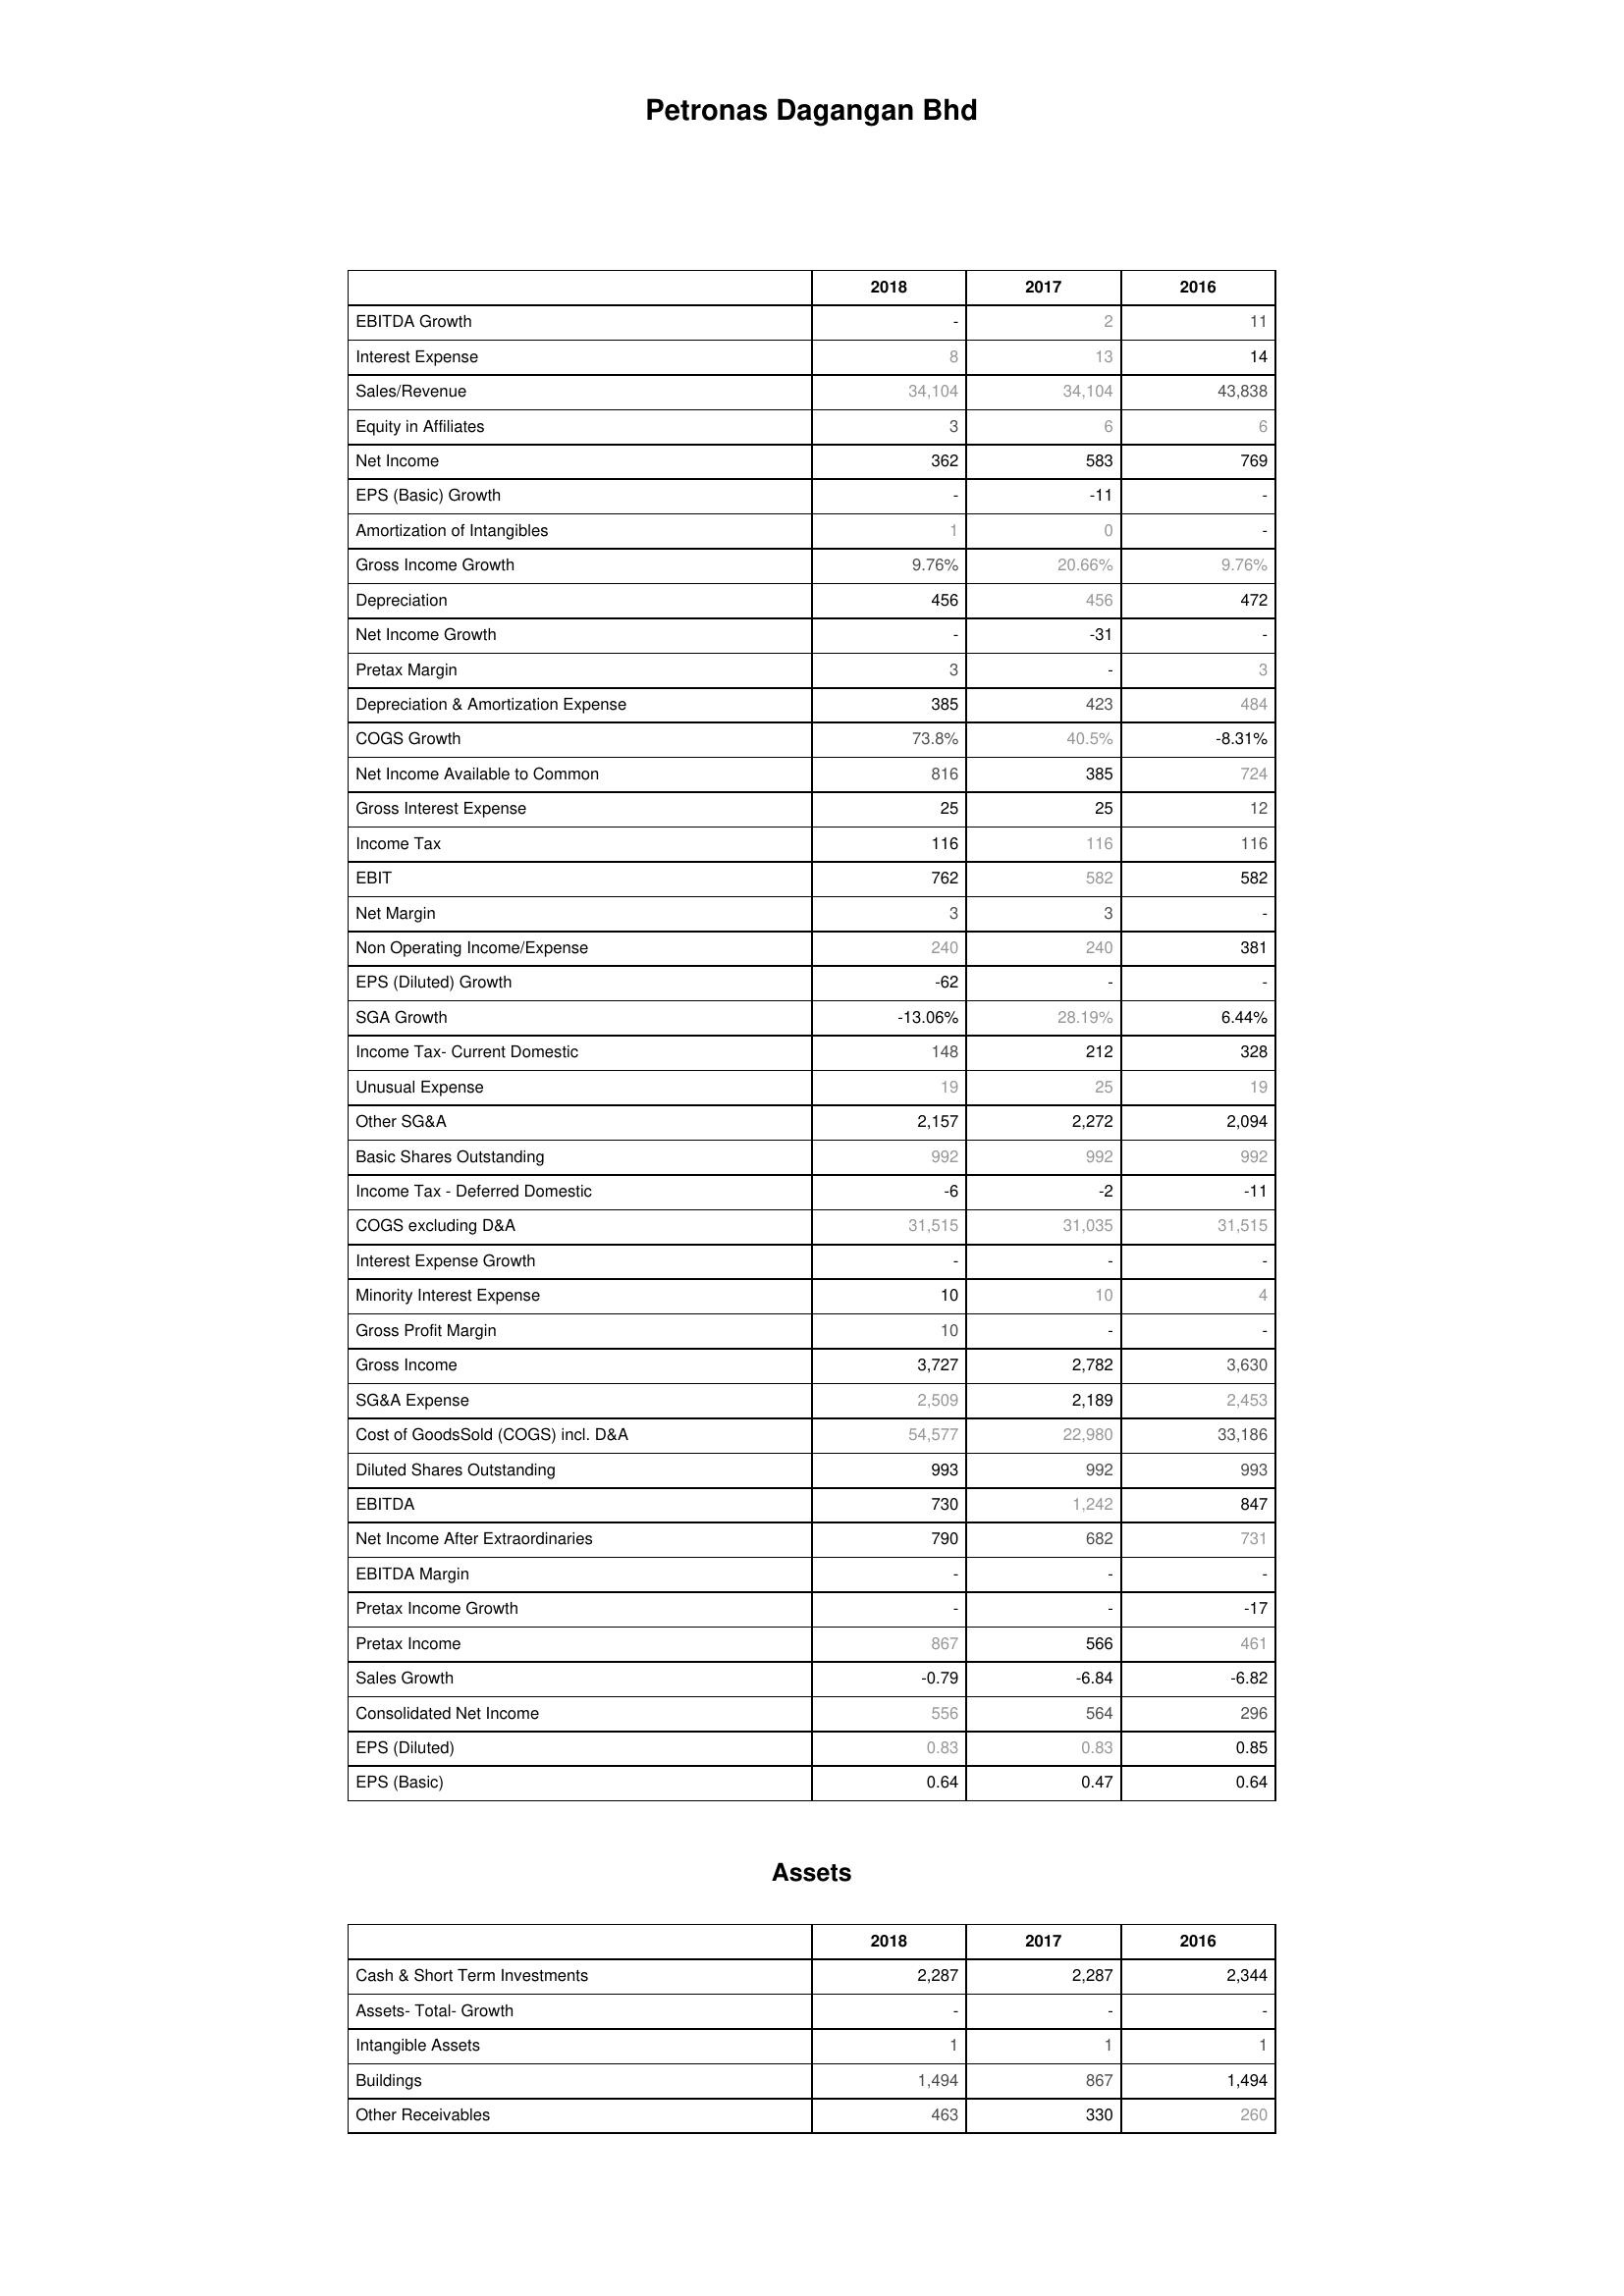
2018: : EBITDA Growth: -
Interest Expense: 8
Sales/Revenue: 34,104
Equity in Affiliates: 3
Net Income: 362
EPS (Basic) Growth: -
Amortization of Intangibles: 1
Gross Income Growth: 9.76%
Depreciation: 456
Net Income Growth: -
Pretax Margin: 3
Depreciation & Amortization Expense: 385
COGS Growth: 73.8%
Net Income Available to Common: 816
Gross Interest Expense: 25
Income Tax: 116
EBIT: 762
Net Margin: 3
Non Operating Income/Expense: 240
EPS (Diluted) Growth: -62
SGA Growth: -13.06%
Income Tax- Current Domestic: 148
Unusual Expense: 19
Other SG&A: 2,157
Basic Shares Outstanding: 992
Income Tax - Deferred Domestic: -6
COGS excluding D&A: 31,515
Interest Expense Growth: -
Minority Interest Expense: 10
Gross Profit Margin: 10
Gross Income: 3,727
SG&A Expense: 2,509
Cost of GoodsSold (COGS) incl. D&A: 54,577
Diluted Shares Outstanding: 993
EBITDA: 730
Net Income After Extraordinaries: 790
EBITDA Margin: -
Pretax Income Growth: -
Pretax Income: 867
Sales Growth: -0.79
Consolidated Net Income: 556
EPS (Diluted): 0.83
EPS (Basic): 0.64
Assets: Cash & Short Term Investments: 2,287
Assets- Total- Growth: -
Intangible Assets: 1
Buildings: 1,494
Other Receivables: 463
2017: : EBITDA Growth: 2
Interest Expense: 13
Sales/Revenue: 34,104
Equity in Affiliates: 6
Net Income: 583
EPS (Basic) Growth: -11
Amortization of Intangibles: 0
Gross Income Growth: 20.66%
Depreciation: 456
Net Income Growth: -31
Pretax Margin: -
Depreciation & Amortization Expense: 423
COGS Growth: 40.5%
Net Income Available to Common: 385
Gross Interest Expense: 25
Income Tax: 116
EBIT: 582
Net Margin: 3
Non Operating Income/Expense: 240
EPS (Diluted) Growth: -
SGA Growth: 28.19%
Income Tax- Current Domestic: 212
Unusual Expense: 25
Other SG&A: 2,272
Basic Shares Outstanding: 992
Income Tax - Deferred Domestic: -2
COGS excluding D&A: 31,035
Interest Expense Growth: -
Minority Interest Expense: 10
Gross Profit Margin: -
Gross Income: 2,782
SG&A Expense: 2,189
Cost of GoodsSold (COGS) incl. D&A: 22,980
Diluted Shares Outstanding: 992
EBITDA: 1,242
Net Income After Extraordinaries: 682
EBITDA Margin: -
Pretax Income Growth: -
Pretax Income: 566
Sales Growth: -6.84
Consolidated Net Income: 564
EPS (Diluted): 0.83
EPS (Basic): 0.47
Assets: Cash & Short Term Investments: 2,287
Assets- Total- Growth: -
Intangible Assets: 1
Buildings: 867
Other Receivables: 330
2016: : EBITDA Growth: 11
Interest Expense: 14
Sales/Revenue: 43,838
Equity in Affiliates: 6
Net Income: 769
EPS (Basic) Growth: -
Amortization of Intangibles: -
Gross Income Growth: 9.76%
Depreciation: 472
Net Income Growth: -
Pretax Margin: 3
Depreciation & Amortization Expense: 484
COGS Growth: -8.31%
Net Income Available to Common: 724
Gross Interest Expense: 12
Income Tax: 116
EBIT: 582
Net Margin: -
Non Operating Income/Expense: 381
EPS (Diluted) Growth: -
SGA Growth: 6.44%
Income Tax- Current Domestic: 328
Unusual Expense: 19
Other SG&A: 2,094
Basic Shares Outstanding: 992
Income Tax - Deferred Domestic: -11
COGS excluding D&A: 31,515
Interest Expense Growth: -
Minority Interest Expense: 4
Gross Profit Margin: -
Gross Income: 3,630
SG&A Expense: 2,453
Cost of GoodsSold (COGS) incl. D&A: 33,186
Diluted Shares Outstanding: 993
EBITDA: 847
Net Income After Extraordinaries: 731
EBITDA Margin: -
Pretax Income Growth: -17
Pretax Income: 461
Sales Growth: -6.82
Consolidated Net Income: 296
EPS (Diluted): 0.85
EPS (Basic): 0.64
Assets: Cash & Short Term Investments: 2,344
Assets- Total- Growth: -
Intangible Assets: 1
Buildings: 1,494
Other Receivables: 260